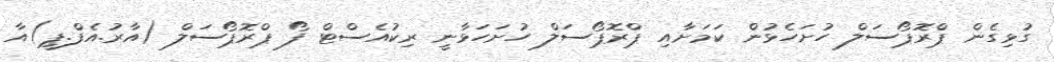
ގުޅިގެން ޕްރޮޕޯސަލް ހުށަހެޅުން ކަމަށާއި ޕްރޮޕޯސަލް ހުށަހަޅާނީ ރިކުއެސްޓް ފޯ ޕްރޮޕޯސަލް (އާރު.އެފް.ޕީ)އާ